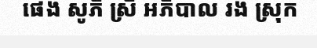
ផេង សូភី ស្រី អភិបាល រង ស្រុក